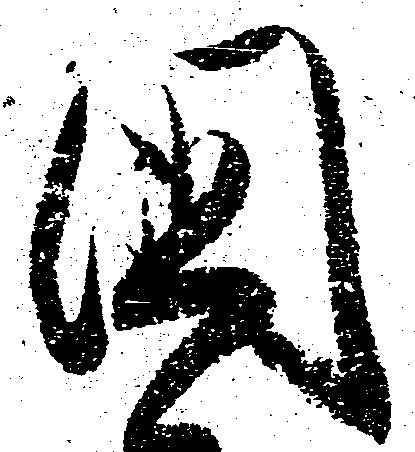
国